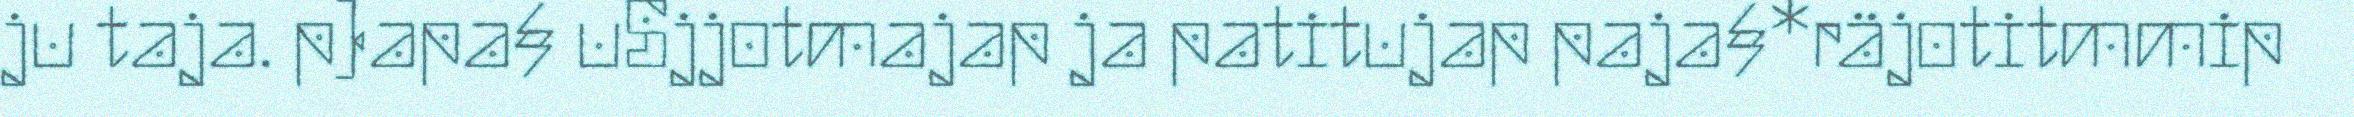
ju taja. p)apa§ uSjjotmajap ja patitujap paja§*räjotitmmip